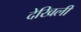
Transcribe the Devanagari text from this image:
देखिली